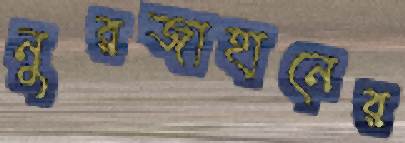
নুরজাহানের